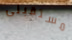
مستقبلى